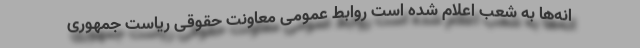
انه‌ها به شعب اعلام شده است روابط عمومی معاونت حقوقی ریاست جمهوری